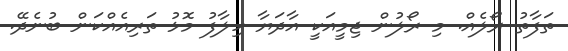
ތަފާތު ރޯލެއް. މި ރޯލުން ޖިމީއަކީ އާދަޔާ ހިލާފު މޮޅު ތަރިއެއްކަން ބުނެދޭ.